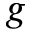
g